Veterinary [1909] -
Year: 1909
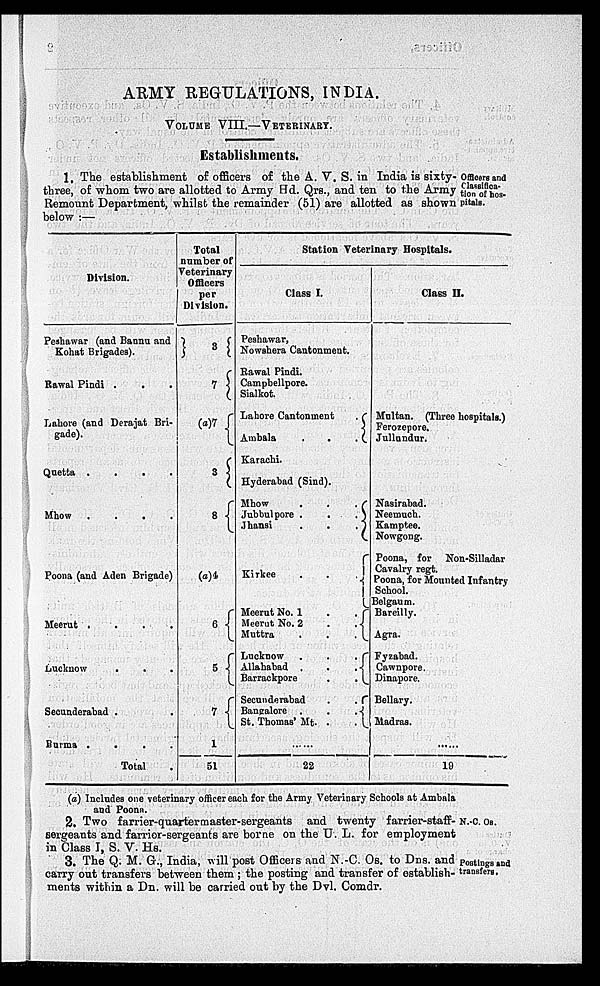
ARMY REGULATIONS, INDIA.
VOLUME VIII.—VETERINARY.
Establishments.
Officers and
Classifica¬
tion of hos-
pitals.
1. The establishment of officers of the A. V. S. in India is sixty¬
three, of whom two are allotted to Army Hd. Qrs., and ten to the Army
Remount Department, whilst the remainder (51) are allotted as shown
below :—
Division.
Peshawar (and Bannu and
Kohat Brigades).
Rawal Pindi .
.
Lahore (and Derajat Bri-
gade).
Quetta .
.
.
.
Mhow .
.
.
.
Poona (and Aden Brigade)
Meerut .
.
.
.
Lucknow . . .
Secunderabad . .
Burma .
.
.
.
Total .
Total
number of
Veterinary
Officers
per
Division.
3
7
(a)7
3
8
(a)4
6
5
7
1
51
Station Veterinary Hospitals.
Class I.
Peshawar,
Nowshera Cantonment.
Rawal Pindi.
Campbellpore.
Sialkot.
Lahore Cantonment .
Ambala . . .
Karachi.
Hyderabad (Sind).
Mhow . . .
Jubbulpore . . .
Jhansi . . .
Kirkee . . .
Meerut No. 1 . .
Meerut No. 2 . .
Muttra . . .
Lucknow
.
.
.
Allahabad . . .
Barrackpore
.
.
Secunderabad . .
Bangalore . . .
St. Thomas' Mt. . .
......
22
Class II.
Multan. (Three hospitals.)
Ferozepore.
Jullundur.
Nasirahad.
Neemuch.
Kamptee.
Nowgong.
Poona, for Non-Silladar
Cavalry regt.
Poona, for Mounted Infantry
School.
Belgaum.
Bareilly.
Agra.
Fyzabad.
Cawnpore.
Dinapore.
Bellary.
Madras.
......
19
(a) Includes one veterinary officer each for the Army Veterinary Schools at Ambala
and Poona.
N.-C. Os.
2. Two farrier-quartermaster-sergeants
and twenty farrier-staff¬
sergeants and farrier-sergeants are borne on the U. L. for employment
in Class I, S. V. Hs.
Postings and
transfers.
3. The Q. M. G., India, will post Officers and N.-C. Os. to Dns. and
carry out transfers between them ; the posting and transfer of establish-
ments within a Dn. will be carried out by the Dvl. Comdr.